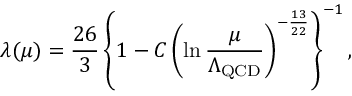
\lambda ( \mu ) = \frac { 2 6 } { 3 } \left\{ 1 - C \left( \ln \frac { \mu } { \Lambda _ { \mathrm { Q C D } } } \right) ^ { - \frac { 1 3 } { 2 2 } } \right\} ^ { - 1 } ,